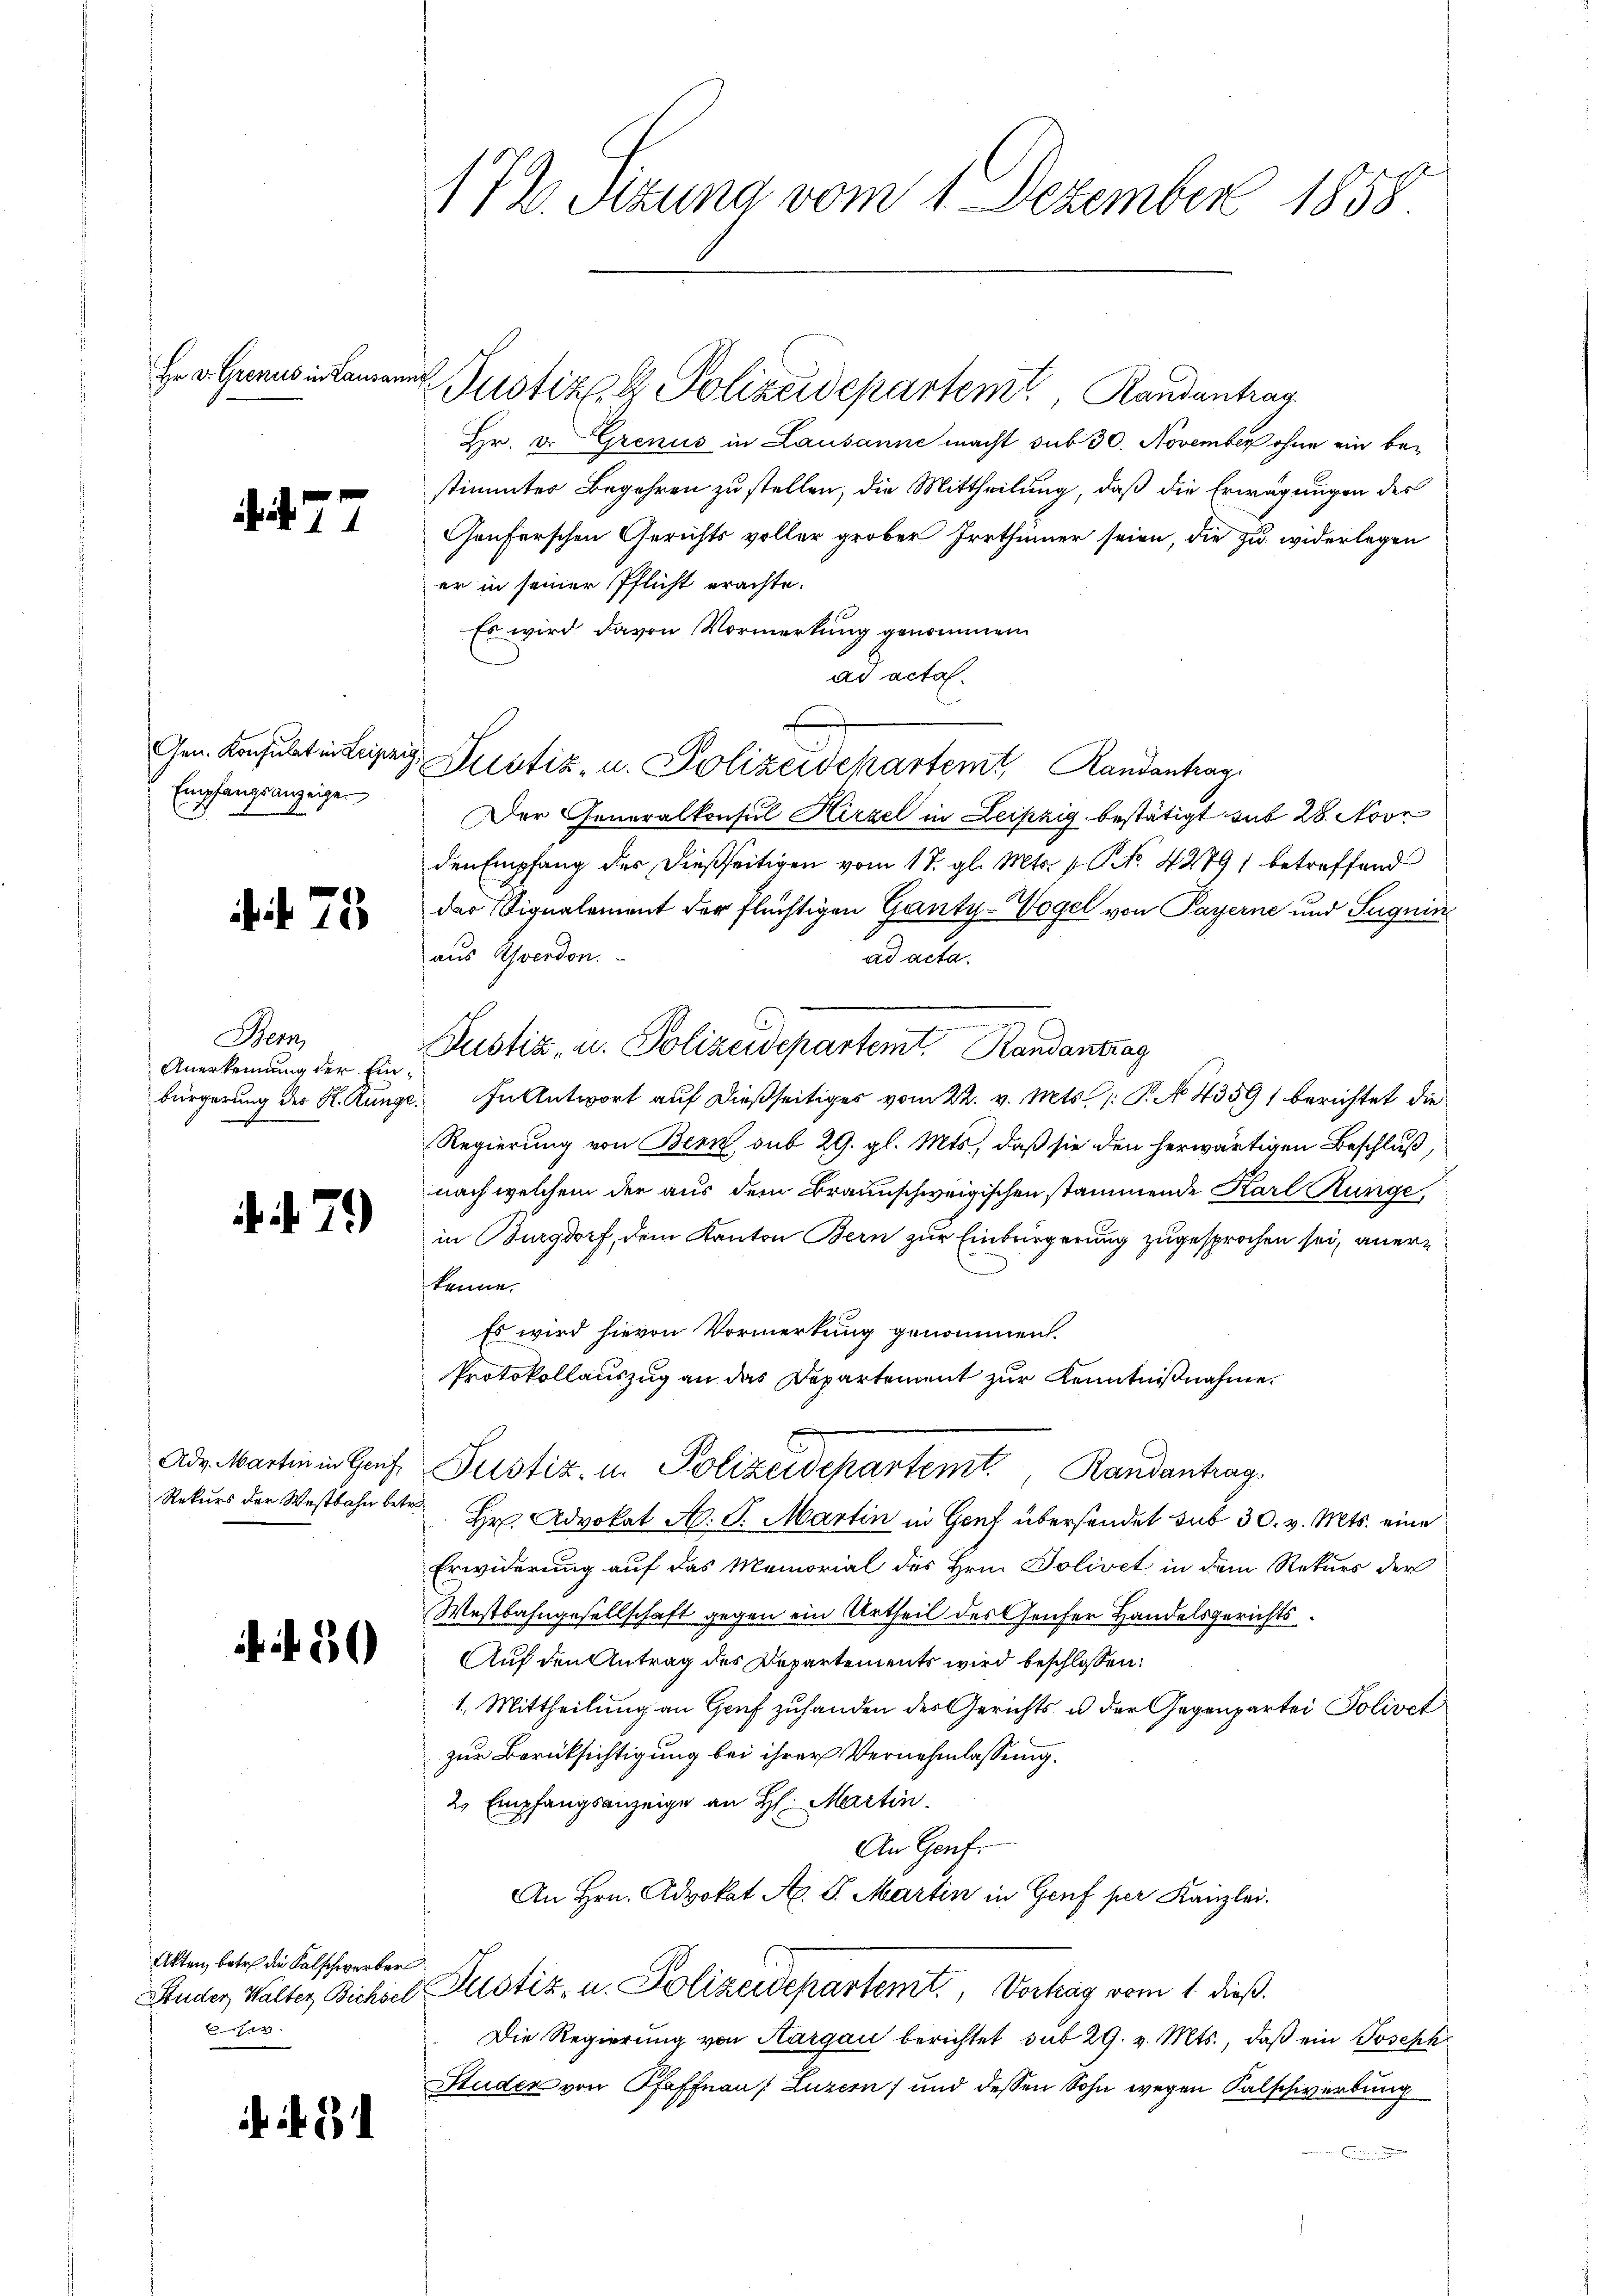
Hr. v. Grenus in Lausam

477

Gen. Konsulat in Leipzig,
Empfangsanzeigen

f. 75

Bern,
Anerkennung der Einbürgerung des R. Runge

.7)

Adv. Martin in Genf

30

Akten, betr. die Kalschwerber
e

if 31

172. Sizung vom 1. Dezember 1858

i

Justiz- & Polizeidepartemt, Randantrag

Hr. v. Grenus in Lausanne macht sub 30. November ohne ein bestimmter Begehren zu stellen, die Mittheilung, daß die Erwägungen des
Genferschen Gerichts voller grober Irrthinner seien, die zu widerlegen
er in seiner Pflicht erachte.
Es wird davon Vormerkung genommen
ad acta.
Justiz- u. Polizeidekartemt, Randantrag
Der Generalkonsul Hirzel in Leipzig bestätigt mit 28. Nove
den Empfang der dießseitigen vom 17. gl. Mts. 1. No. 4279) betreffend
das Vignalement der flüchtigen Ganty-Vogel von Payerne und Sugnin
aus verdon.
ad acta.
Pustiz, u. Polizeidepartemt, Randantrag
In Antwort auf dießseitiges vom 22. v. Mts. 1. P. N. 4359) berichtet die
Regierung von Bern, sub 29. gl. Mts., daß sie den herwärtigen Beschluß,
nach welchem der aus dem Braunschweigischen stammende Karl Runge
in Burgdorf, dem Kanton Bern zur Einbürgerung zugesprochen sei, anerkenne.
Es wird hievon Vormerkung genommen.
Protokollauszug an das Departement zur Kenntnißnahme.
Justiz- u. Polizeidepartemt, Randantrag.
Rekurs der Westbahn betr. Er Advokat A. S. Martin in Genf übersendet sub 30. v. Mts. eine
Erwiderung auf das Memorial des Hrn. Bolivet in dem Rekurs der
Westbahngesellschaft gegen ein Urtheil des Genfer Handelsgerichts
Auf den Antrag des Departements wird beschlossen:
1. Mittheilung an Graf zuhanden der Gerichts u der Gegenpartei Polivet
zur Berücksichtigung bei ihrer Vernehmlassung.
2. Empfangsanzeige an H: Martin.
An Genf.
An Hrn. Advokat A. G. Martin in Genf per Kanzlei.
Studer, Walter Bichsel Pustiz- u. Polizeidepartemt., Vortrag vom 1. dieß.
Die Regierung von Aargau berichtet sub 29. v. Mts., daß ein Joseph
Studer von Pfaffnau, Luzern) und dessen Sohn wegen Kalschwerbung